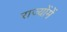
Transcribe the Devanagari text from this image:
राज्योंमें